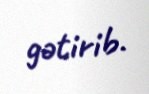
gətirib.